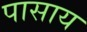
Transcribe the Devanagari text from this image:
पासाय